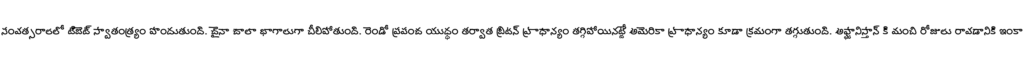
సంవత్సరాలలో టిబెట్ స్వాతంత్ర్యం పొందుతుంది. చైనా చాలా భాగాలుగా చీలిపోతుంది. రెండో ప్రపంచ యుద్ధం తర్వాత బ్రిటన్ ప్రాధాన్యం తగ్గిపోయినట్టే అమెరికా ప్రాధాన్యం కూడా క్రమంగా తగ్గుతుంది. అఫ్ఘానిస్తాన్ కి మంచి రోజులు రావడానికి ఇంకా